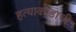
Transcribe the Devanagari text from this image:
हत्याकांडाची